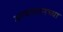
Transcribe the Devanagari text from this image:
अरबस्तानच्या